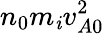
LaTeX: n_{0}m_{\mathit{i}}v_{A0}^{2}